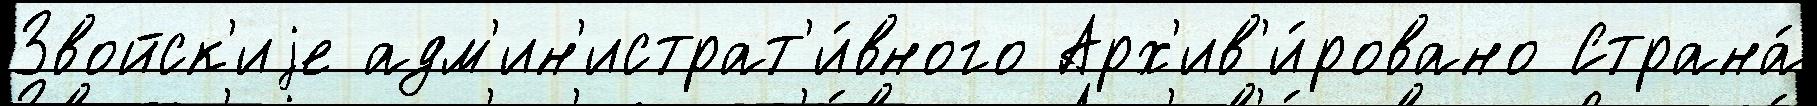
Звойск'иjе адм'ин'истрат'и́вного Арх'ив'и́ровано Страна́